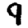
Digit: 9